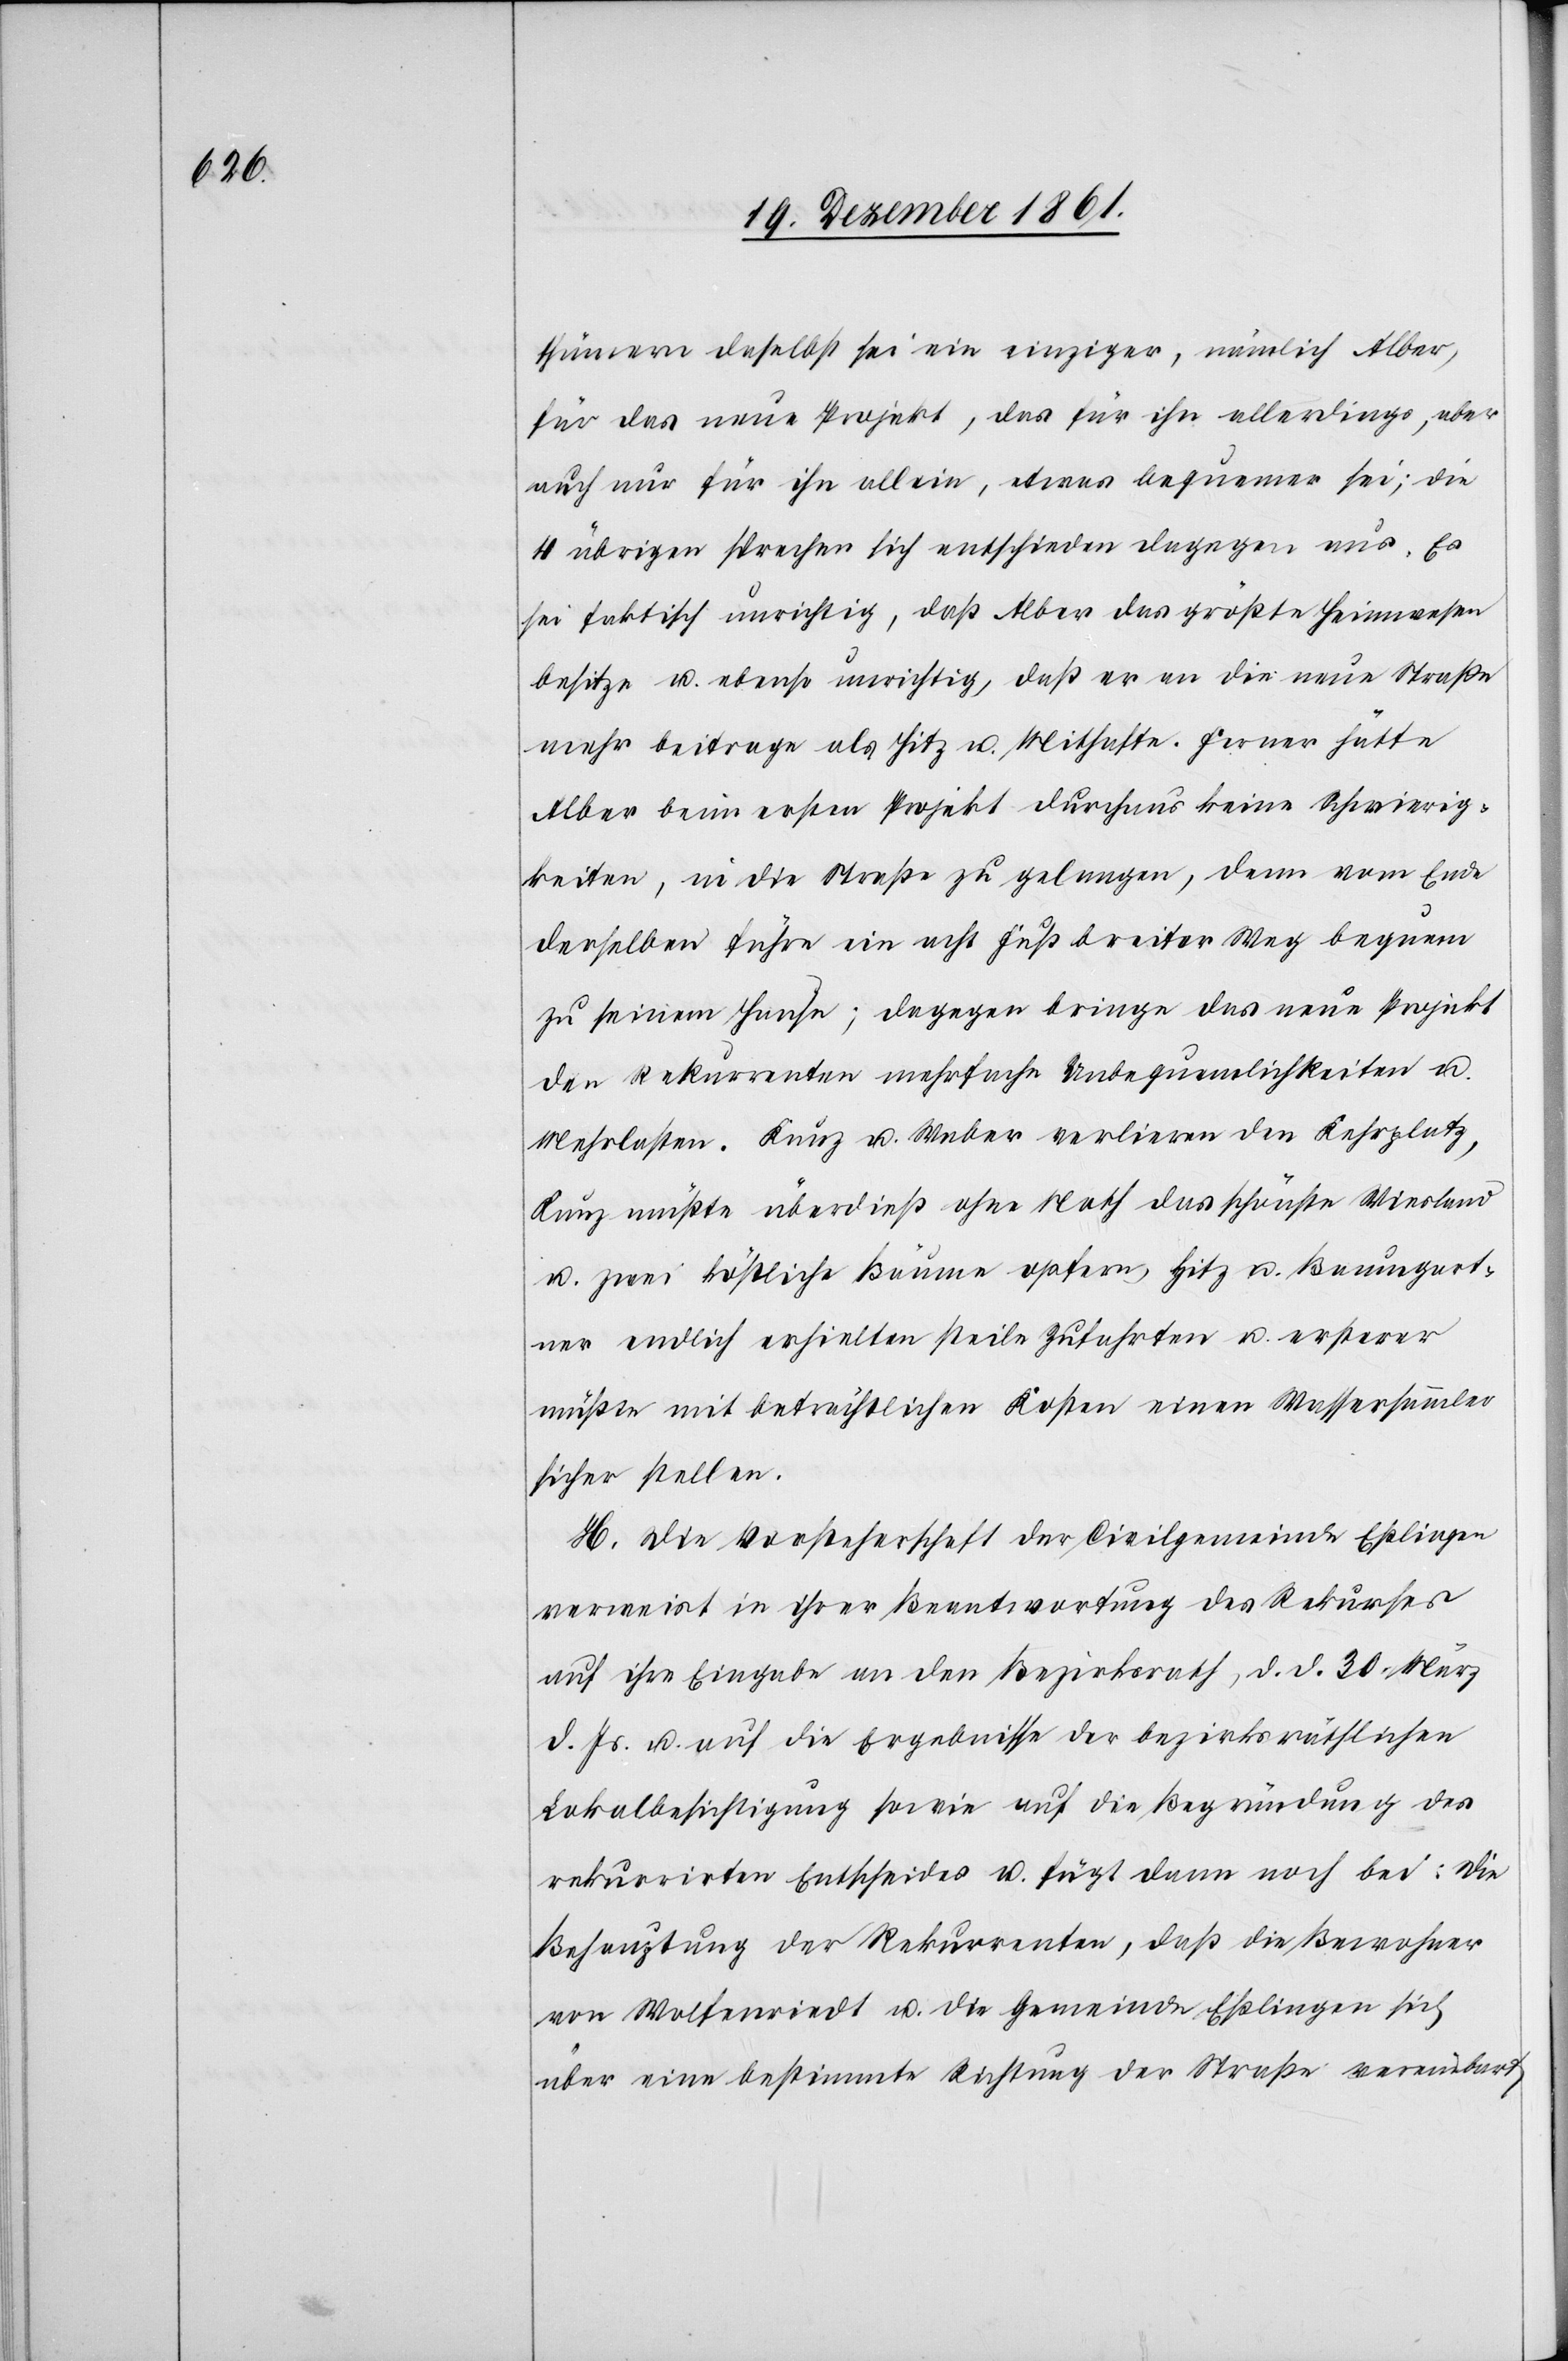
thümern daselbst sei ein einziger, nämlich Alber,
für das neue Projekt, das für ihn allerdings aber
auch nur für ihn allein, etwas bequemer sei; die
4 übrigen sprechen sich entschieden dagegen aus. Es
sei faktisch unrichtig, daß Alber das größte Heimwesen
besitze u. ebenso unrichtig, daß er an die neue Straße
mehr beitrage als Hitz u. Mithafte. Ferner hätte
Alber beim ersten Projekt durchaus keine Schwierig¬
keiten, in die Straße zu gelangen, denn vom Ende
derselben führe ein acht Fuß breiter Weg bequem
zu seinem Hause; dagegen bringe das neue Projekt
den Rekurrenten mehrfache Unbequemlichkeiten u.
Mehrlasten. Kunz u. Weber verlieren den Kehrplatz,
Kunz müßte überdieß ohne Noth das schönste Wiesland
u. zwei köstliche Bäume opfern, Hitz u. Baumgart¬
ner endlich erhielten steile Zufahrten u. ersterer
müßte mit beträchtlichen Kosten einen Wassersammler
sicher stellen.
H. Die Vorsteherschaft der Civilgemeinde Eßlingen
verweist in ihrer Beantwortung des Rekurses
auf ihre Eingabe an den Bezirksrath, d. d. 30 März
d. Js. u. auf die Ergebnisse der bezirksräthlichen
Lokalbesichtigung sowie auf die Begründung des
rekurrirten Entscheides u. fügt dann noch bei: Die
Behauptung der Rekurrenten, daß die Bewohner
von Wolfenriedt u. die Gemeinde Eßlingen sich
über eine bestimmte Richtung der Straße vereinbart